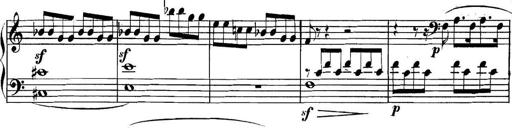
Title: Collected Piano Sonatas
Composer: Muzio Clementi